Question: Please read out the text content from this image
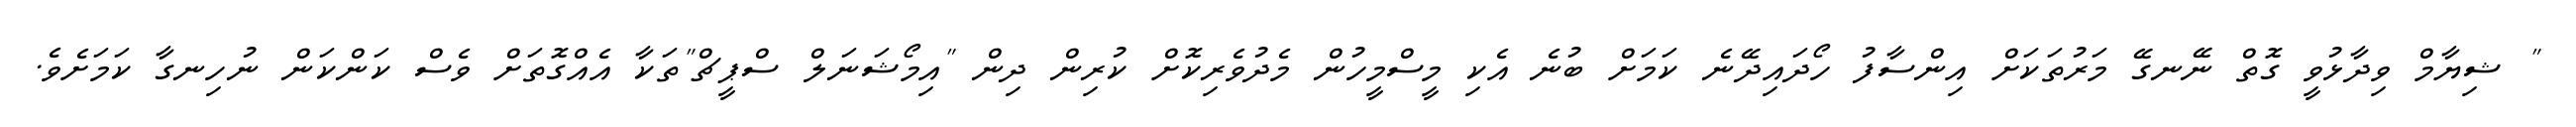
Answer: " ޝިޔާމް ވިދާޅުވީ ގޮތް ނޭނގޭ މަރުތަކަށް އިންސާފު ހޯދައިދޭނެ ކަމަށް ބުނެ އެކި މީސްމީހުން މެދުވެރިކޮށް ކުރިން ދިން "އިމޯޝަނަލް ސްޕީޗް"ތަކާ އެއްގޮތަށް ވެސް ކަންކަން ނުހިނގާ ކަމަށެވެ.